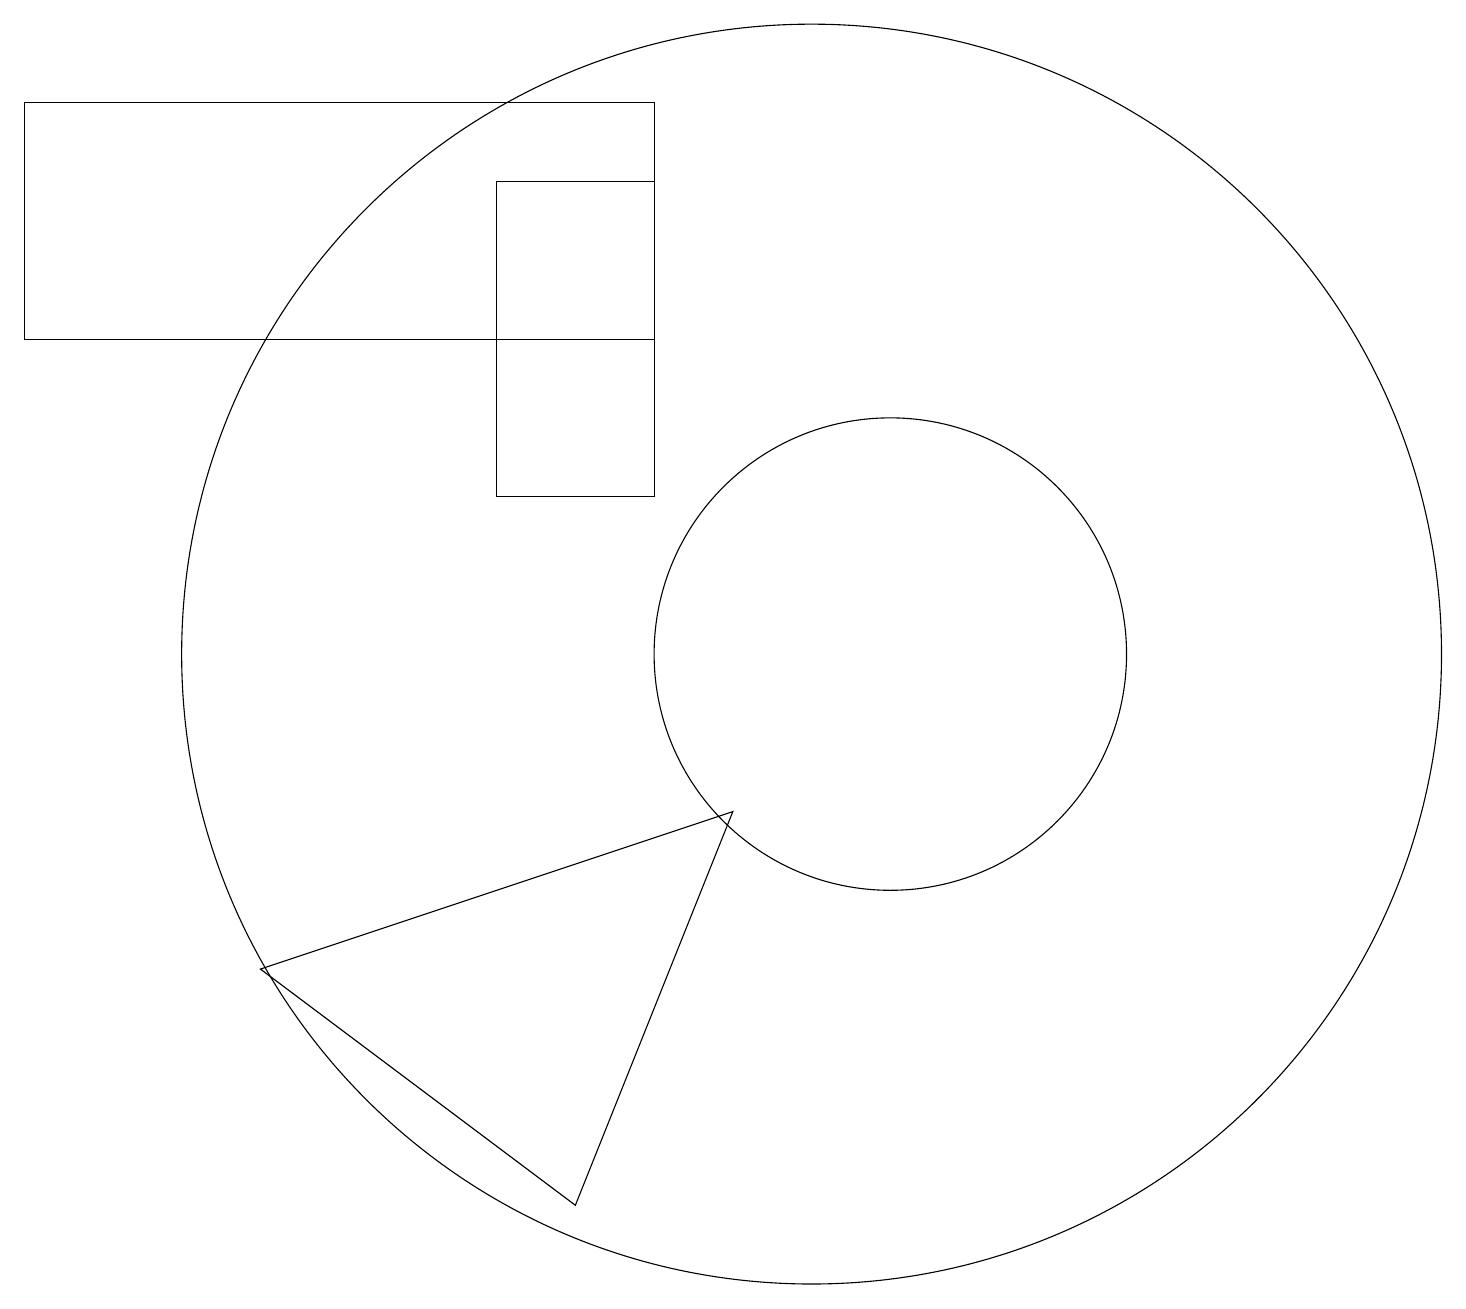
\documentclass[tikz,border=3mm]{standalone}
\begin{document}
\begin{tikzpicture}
\draw (8,12) rectangle (6,16);
\draw (0,14) rectangle (8,17);
\draw (7,3) -- (9,8) -- (3,6) -- cycle;
\draw (10,10) circle (8);
\draw (11,10) circle (3);
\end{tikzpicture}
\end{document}